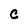
Character: c